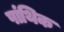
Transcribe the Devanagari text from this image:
पांथिक